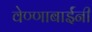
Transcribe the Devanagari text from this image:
वेण्णाबाईंनी